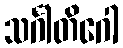
သင်္ဂါတိဂေါ